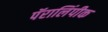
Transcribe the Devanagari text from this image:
पॅरालिंपीक